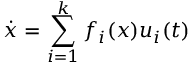
{ \dot { x } } = \sum _ { i = 1 } ^ { k } f _ { i } ( x ) u _ { i } ( t )